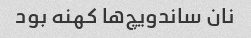
نان ساندویچ‌ها کهنه بود